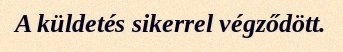
A küldetés sikerrel végződött.